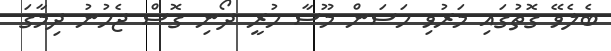
ބެލެވޭ ގޮތުގައި މަރުވި ހަސަން މޫސާ ހުރީ ދޯނި ގޮސް ޖެހުނު ދިމާގަ